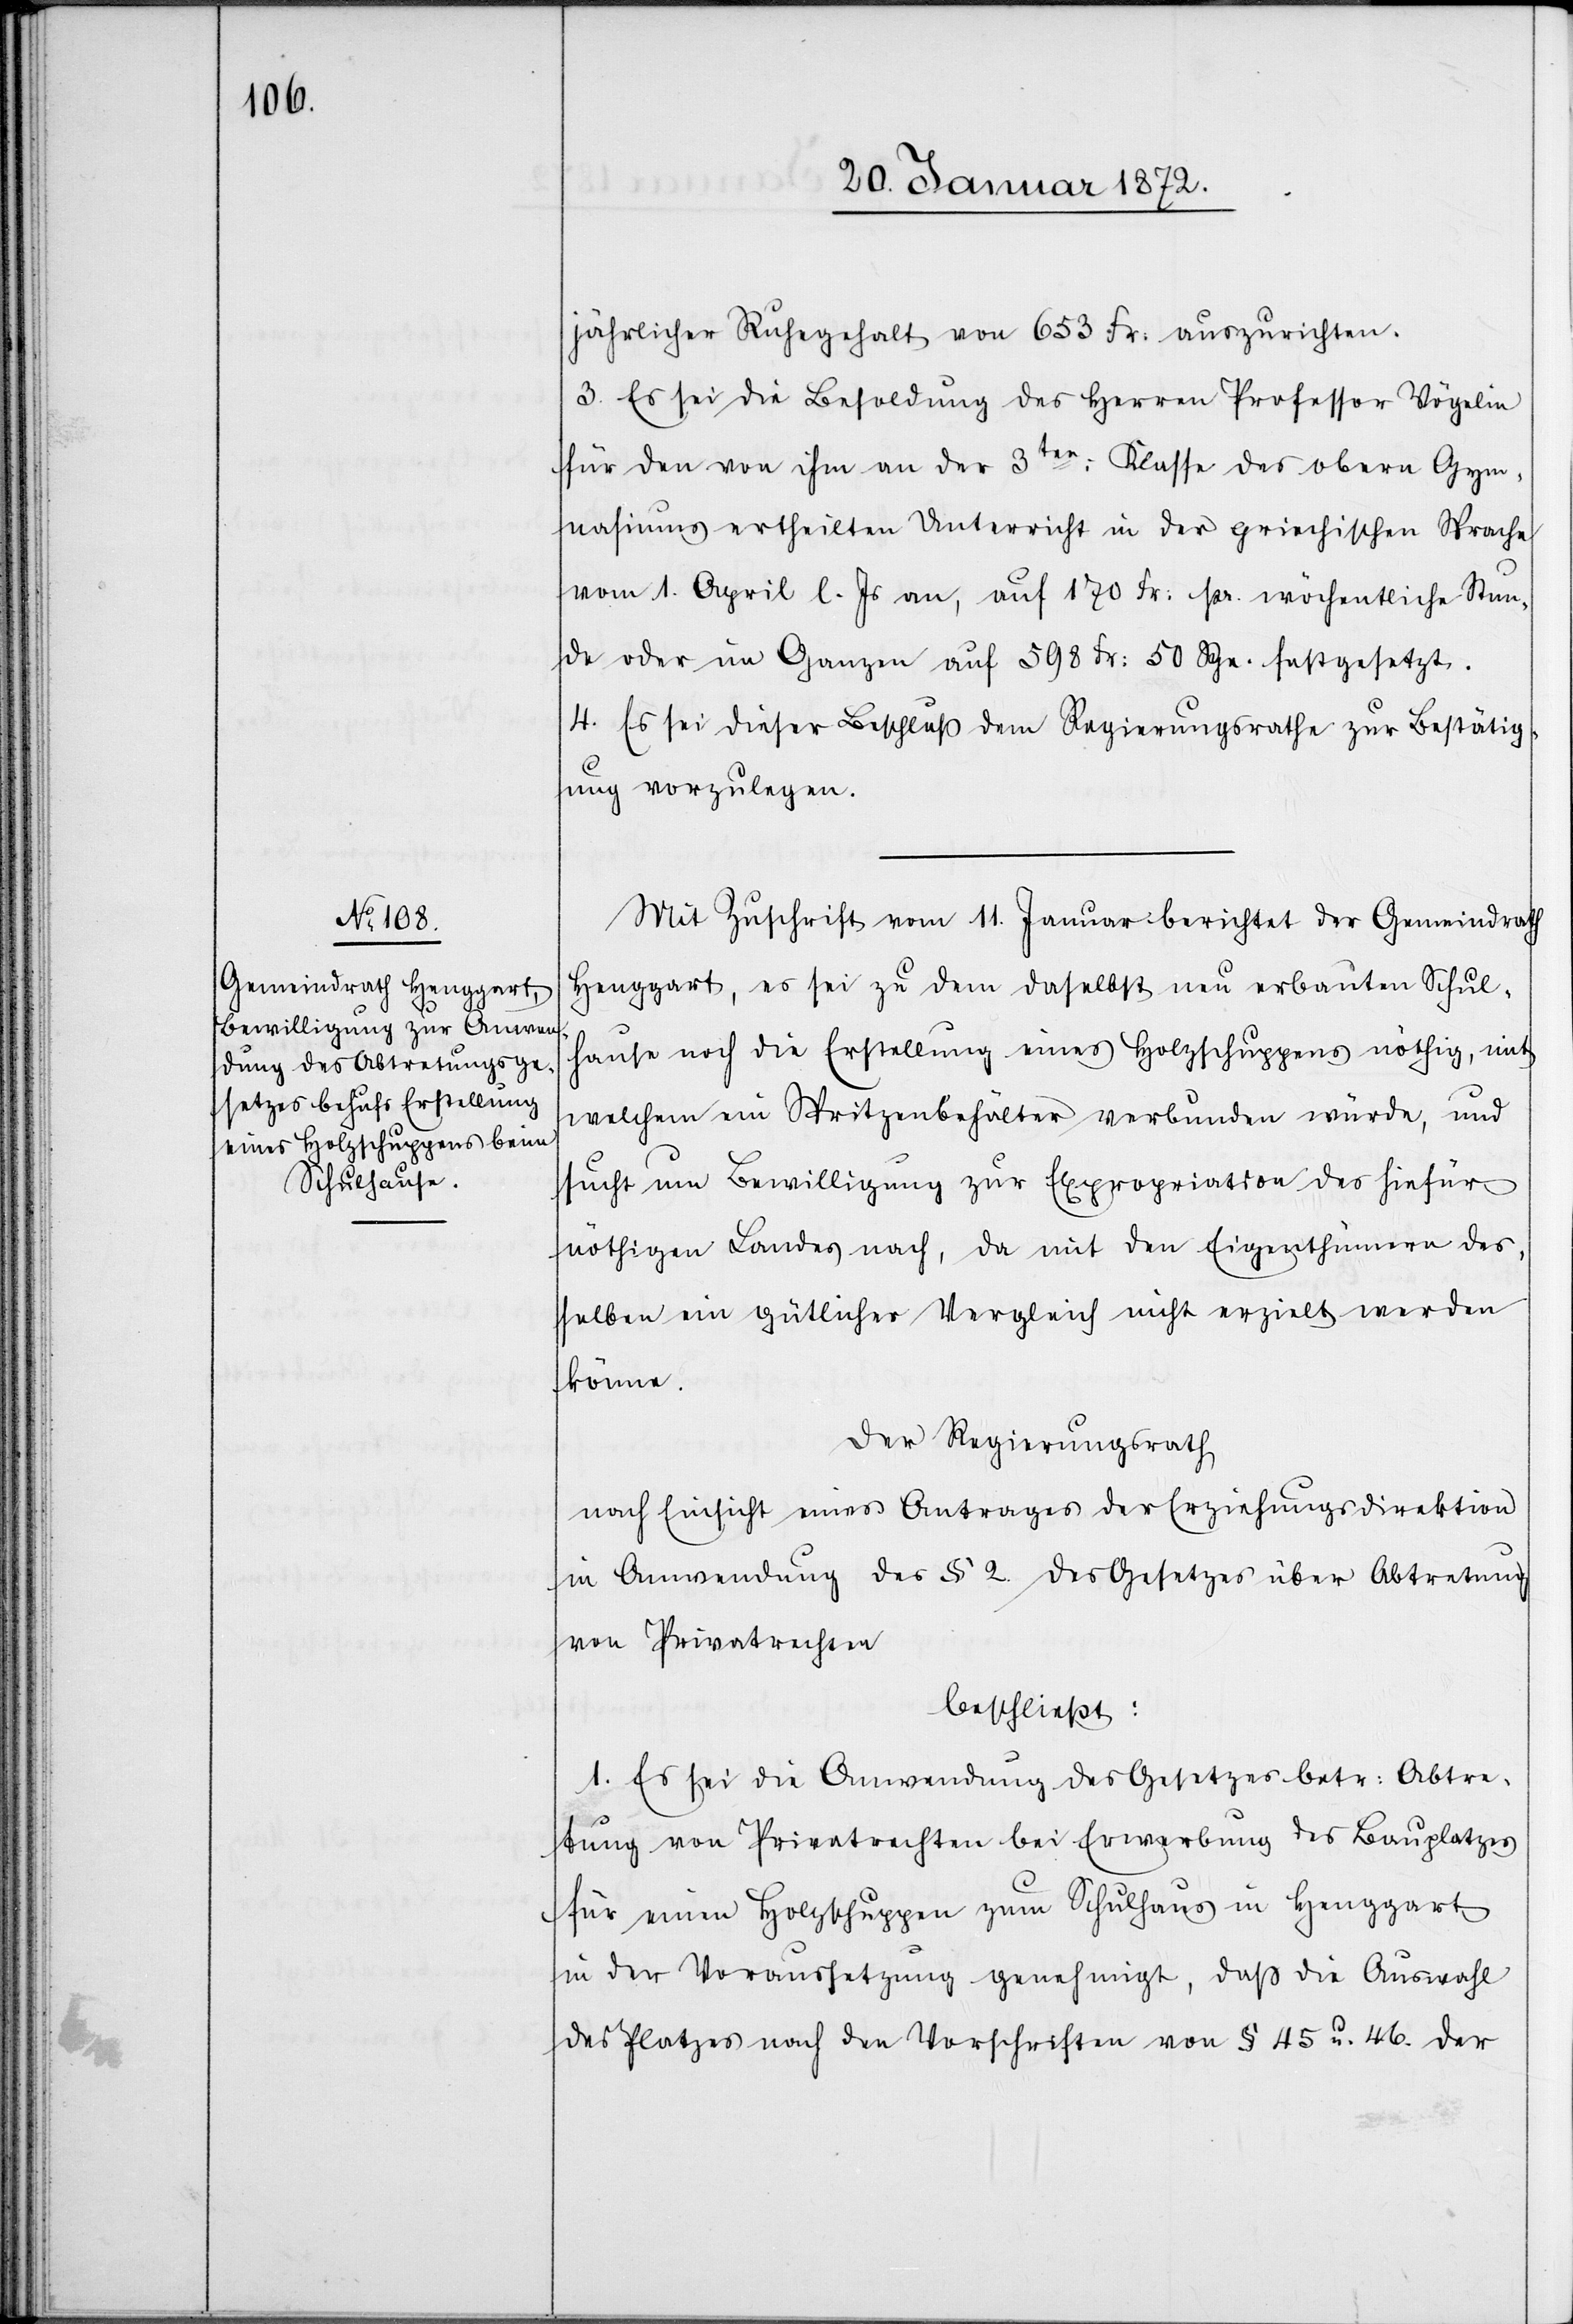
jährlicher Ruhegehalt von 653 Fr: auszurichten.
3. Es sei die Besoldung des Herren Professor Vögelin
für den von ihm an der 3ten: Klasse des obern Gym¬
nasiums ertheilten Unterricht in der griechischen Sprache
vom 1. April l. Js. an, auf 170 Fr: pr. wöchentliche Stun¬
de oder im Ganzen auf 598 Fr: 50 Rpn. festgesetzt.
4. Es sei dieser Beschluß dem Regierungsrathe zur Bestätig¬
ung vorzulegen.
Mit Zuschrift vom 11. Januar berichtet der Gemeindrath
Henggart, es sei zu dem daselbst neu erbauten Schul¬
hause noch die Erstellung eines Holzschuppens nöthig, mit
welchem ein Spritzenbehälter verbunden würde, und
sucht um Bewilligung zur Expropriation des hiefür
nöthigen Landes nach, da mit den Eigenthümern des¬
selben ein gütlicher Vergleich nicht erzielt werden
könne.
Der Regierungsrath
nach Einsicht eines Antrages der Erziehungsdirektion
in Anwendung des § 2. des Gesetzes über Abtretung
von Privatrechten
beschließt:
1. Es sei die Anwendung des Gesetzes betr: Abtre¬
tung von Privatrechten bei Erwerbung des Bauplatzes
für einen Holzschuppen zum Schulhaus in Henggart
in der Voraussetzung genehmigt, daß die Auswahl
des Platzes nach den Vorschriften von § 45 u. 46. der